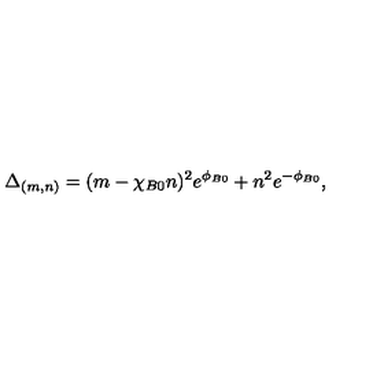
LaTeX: \Delta _ { ( m , n ) } = ( m - \chi _ { B 0 } n ) ^ { 2 } e ^ { \phi _ { B 0 } } + n ^ { 2 } e ^ { - \phi _ { B 0 } } ,